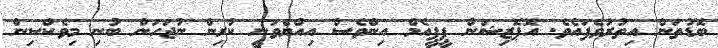
ބޮޑުތަން އިތުރުވެފައެވެ. އޮޕޮޒިޝަން ޕީޕީއެމް އިންވެސް އިއްޔެވަނީ ކުރިން ނުޖަހަން ބުނި މިވެކްސިން